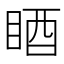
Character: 𥆺